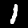
Digit: 1